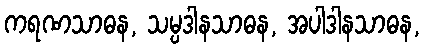
ကရဏသာဓန, သမ္ပဒါနသာဓန, အပါဒါနသာဓန,